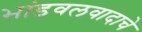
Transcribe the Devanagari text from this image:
भांडवलवादाचे